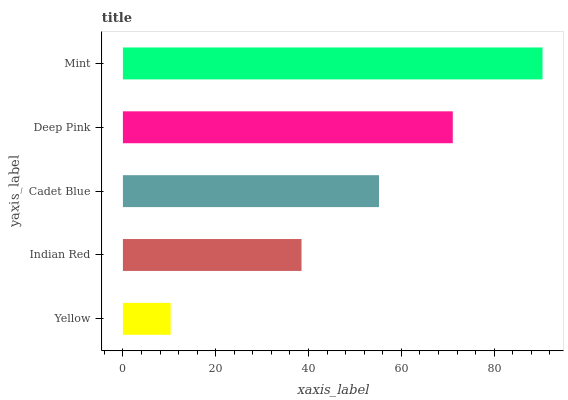
| yaxis_label | bars |
 | --- | --- |
 | Yellow | 10.3 |
 | Indian Red | 38.5 |
 | Cadet Blue | 55.2 |
 | Deep Pink | 71.1 |
 | Mint | 90.4 |